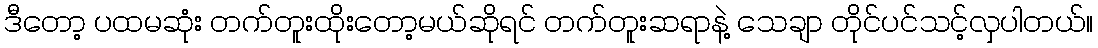
ဒီတော့ ပထမဆုံး တက်တူးထိုးတော့မယ်ဆိုရင် တက်တူးဆရာနဲ့ သေချာ တိုင်ပင်သင့်လှပါတယ်။